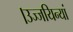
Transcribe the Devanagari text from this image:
।उज्जयिन्यां